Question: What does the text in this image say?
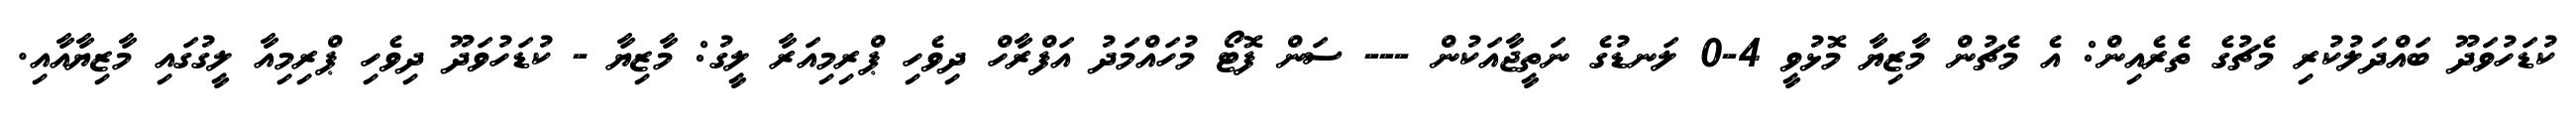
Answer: ކުޑަހުވަދޫ ބައްދަލުކުރި މެޗުގެ ތެރެއިން: އެ މެޗުން މާޒިޔާ މޮޅުވީ 4-0 ލަނޑުގެ ނަތީޖާއަކުން --- ސަން ފޮޓޯ މުހައްމަދު އަފްރާހް ދިވެހި ޕްރިމިއަރާ ލީގު: މާޒިޔާ - ކުޑަހުވަދޫ ދިވެހި ޕްރިމިއާ ލީގުގައި މާޒިޔާއާއި.